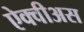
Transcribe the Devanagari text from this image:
ऐक्वीअस